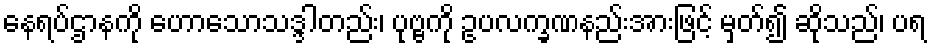
နေရပ်ဌာနကို ဟောသောသဒ္ဒါတည်း၊ ပုဗ္ဗကို ဥပလက္ခဏနည်းအားဖြင့် မှတ်၍ ဆိုသည်၊ ပရ